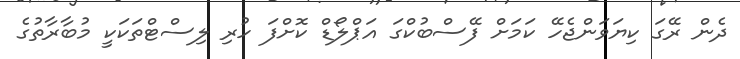
ދެން ރޭގަ ކިޔަވަންޖެހޭ ކަމަށް ފޭސްބުކްގަ އަޕްލޯޑް ކޮށްފަ ހުރި ލިސްޓްތަކަކީ މުބާރާތުގެ